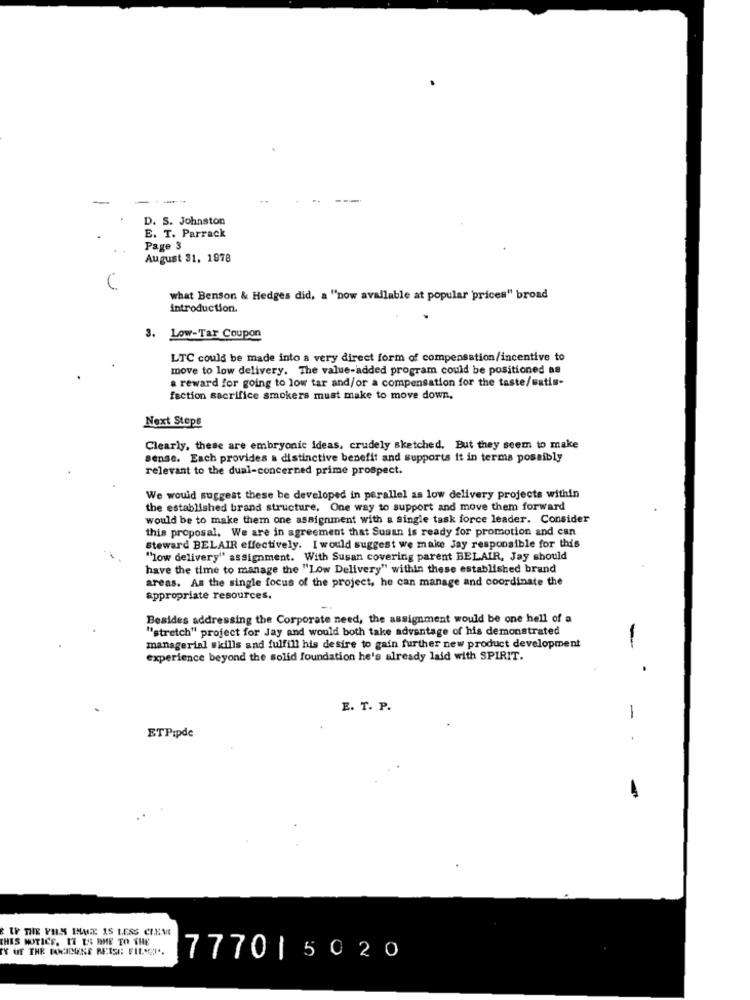
-
----
D. S. Johnston
E. T. Parrack
Page 3
August 31, 1978
what Benson & Hedges did, a "now available at popular prices" broad
introduction.
3. Low-Tar Coupon
LTC could be made into a very direct form of compensation/incentive to
move to low delivery. The value-added program could be positioned as
a reward for going to low tar and/or a compensation for the taste/satis-
faction sacrifice smokers must make to move down,
Next Steps
Clearly, these are embryonic ideas, crudely sketched, But they seem to make
sense. Each provides a distinctive benefit and supports it in terms possibly
relevant to the dual-concerned prime prospect.
We would suggest these be developed in parallel as low delivery projects within
the established brand structure. One way to support and move them forward
would be to make them one assignment with a single task force leader. Consider
this proposal. We are in agreement that Susan is ready for promotion and can
Steward BELAIR effectively. I would suggest we make Jay responsible for this
"low delivery" assignment. With Susan covering parent BELAIR, Jay should
have the time to manage the "Low Delivery" within these established brand
areas. As the single focus of the project, he can manage and coordinate the
appropriate resources.
Besides addressing the Corporate need, the assignment would be one hell of a
"stretch" project for Jay and would both take advantage of his demonstrated
managerial skills and fulfill his desire to gain further new product development
-
experience beyond the solid foundation he's already laid with SPIRIT.
.
E. T. P.
-
ETPipde
I THE FILM IMAGE IS LESS CLEME
THES NOTICE, 17 ES RHE TO THE
TY OF THE KANSCHOENE REISE FIL.CI ..
777015020